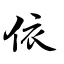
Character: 依